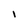
Character: l